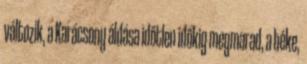
változik, a Karácsony áldása időtlen időkig megmarad, a béke,